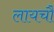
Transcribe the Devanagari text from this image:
लायचौ